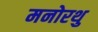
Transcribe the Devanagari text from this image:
मनोरथु